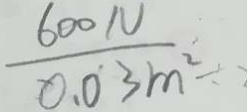
\frac { 6 0 0 N } { 0 . 0 3 m ^ { 2 } }